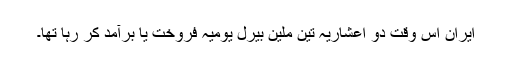
ایران اس وقت دو اعشاریہ تین ملین بیرل یومیہ فروخت یا برآمد کر رہا تھا۔